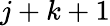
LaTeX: j+k+1